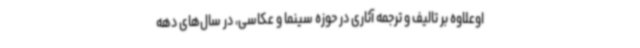
اوعلاوه بر تالیف و ترجمه آثاری در حوزه سینما و عکاسی، در سال‌های دهه